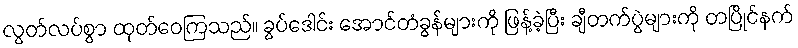
လွတ်လပ်စွာ ထုတ်ဝေကြသည်။ ခွပ်ဒေါင်း အောင်တံခွန်များကို ဖြန့်ခဲ့ပြီး ချီတက်ပွဲများကို တပြိုင်နက်